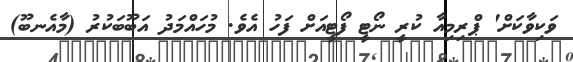
ވަކިވާކަށް' ޕްރިމިއާ ކުރީ ނޯޓީ ފޯޓީއަށް ފަހު އެވެ. މުހައްމަދު އަބޫބަކުރު (މާއެނބޫ)